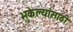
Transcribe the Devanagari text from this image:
भुकेल्यांसाठी